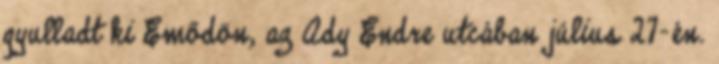
gyulladt ki Emődön, az Ady Endre utcában július 27-én.